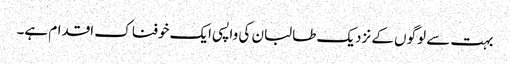
بہت سے لوگوں کے نزدیک طالبان کی واپسی ایک خوفناک اقدام ہے۔